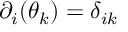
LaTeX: \partial _ { i } ( \theta _ { k } ) = \delta _ { i k }